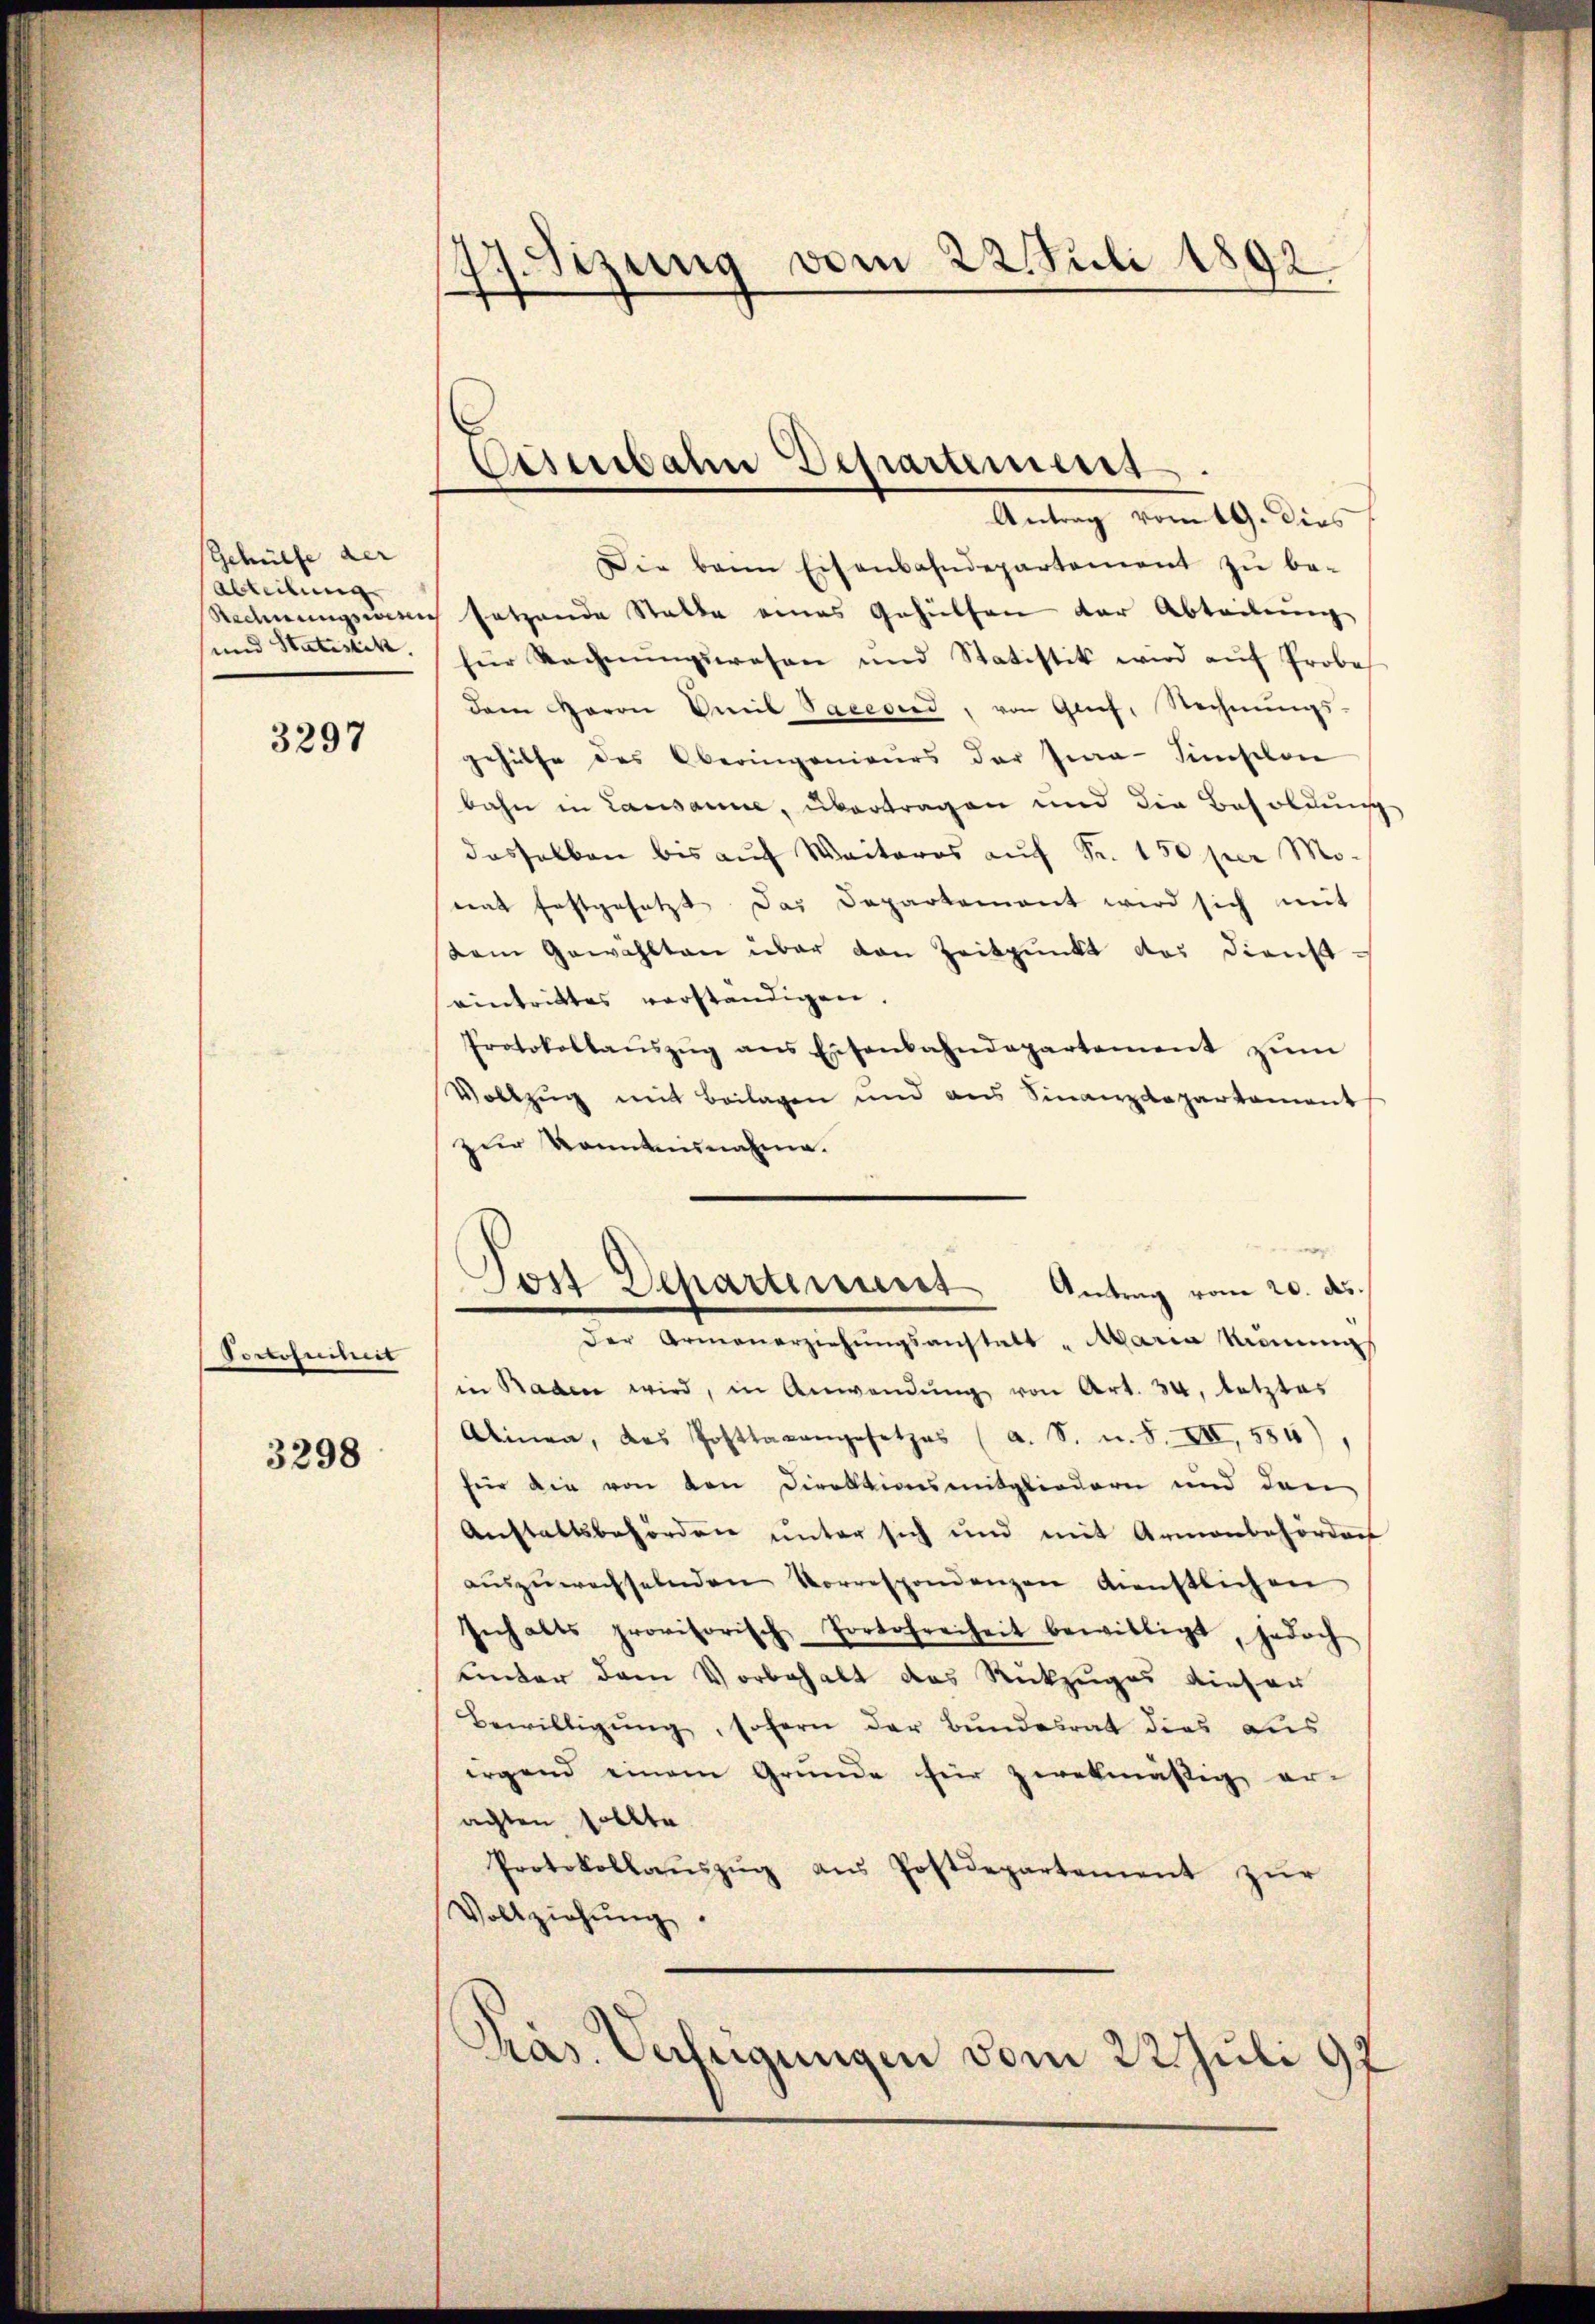
Gehülfe der
Abteilung
und Statistik.

3297

Portofenheit

3298

77. Sizung vom 22. Juli 1892

Disenbahn chartement

Jos Departiment

Antrag vom 19. dies
Die beim Eisenbahndepartement zŭ be-
Rechnungswesen setzende Stalle eines Gehülfen der Abteilung
für Rechnŭngswesen und Statistik wird aŭf Probes
dem Baron Emil Saccoind, von Grief, Rechnŭngs-
gehülfe das Oberingenieurs der Jwa-Siselon
bahn in Lausanne, übertragen und die Besoldung
dasselben bis auf Weiteres auf Fr. 150 per Mo-
mat festgesetzt das Departement wird sich mit
Dem Gewählten über den Zeitpunkt das Dienst-
eintrittes verständigen.
Protokollaŭszŭg ans Eisenbahndepartement zŭm
Vollzug mit Beilagen und aus Sinanzdepartament
zur Konntennahme.
Antrag vom 20. ds.
der Armenerziehŭngsanstalt Maria Remung
in Baden wird, in Anwendŭng von Art. 34, letztes
Alinea, das Posttaxangesetzes (a. S. n. F. VII, 554)
für die von den Direktionsmitgliedern und den
Anstaltsbehörden unter sich und mit Armenbehörders
aŭszŭwechselnden Vorrespondenzen dienstlichen
sich alts provisorisch Portofreiheit bewilligt, jedoch
unter dem Vorbehalt des Rückzuges dieser
Bewilligung, sofern der Bundesrat dies aus
irgend einem Grunde für zwekmässig er-
achten sollte.
Protokollaŭszŭg aŭs Postdepartement zŭr
Vollziehŭng.
Präs. Unfeigungen vom 22. Juli 97